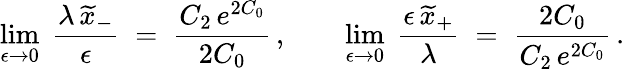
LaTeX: \operatorname*{lim}_{\epsilon\to 0}\; \frac{\lambda\, \widetilde{x}_{-}}{\epsilon}\; =\; \frac{C_{2}\, e^{2C_{0}}}{2C_{0}}\, ,\qquad\operatorname*{lim}_{\epsilon\to 0}\; \frac{\epsilon\, \widetilde{x}_{+}}{\lambda}\; =\; \frac{2C_{0}}{C_{2}\, e^{2C_{0}}}\, .